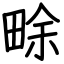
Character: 畭